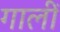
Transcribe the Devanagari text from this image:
गालीं